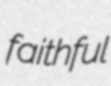
faithful